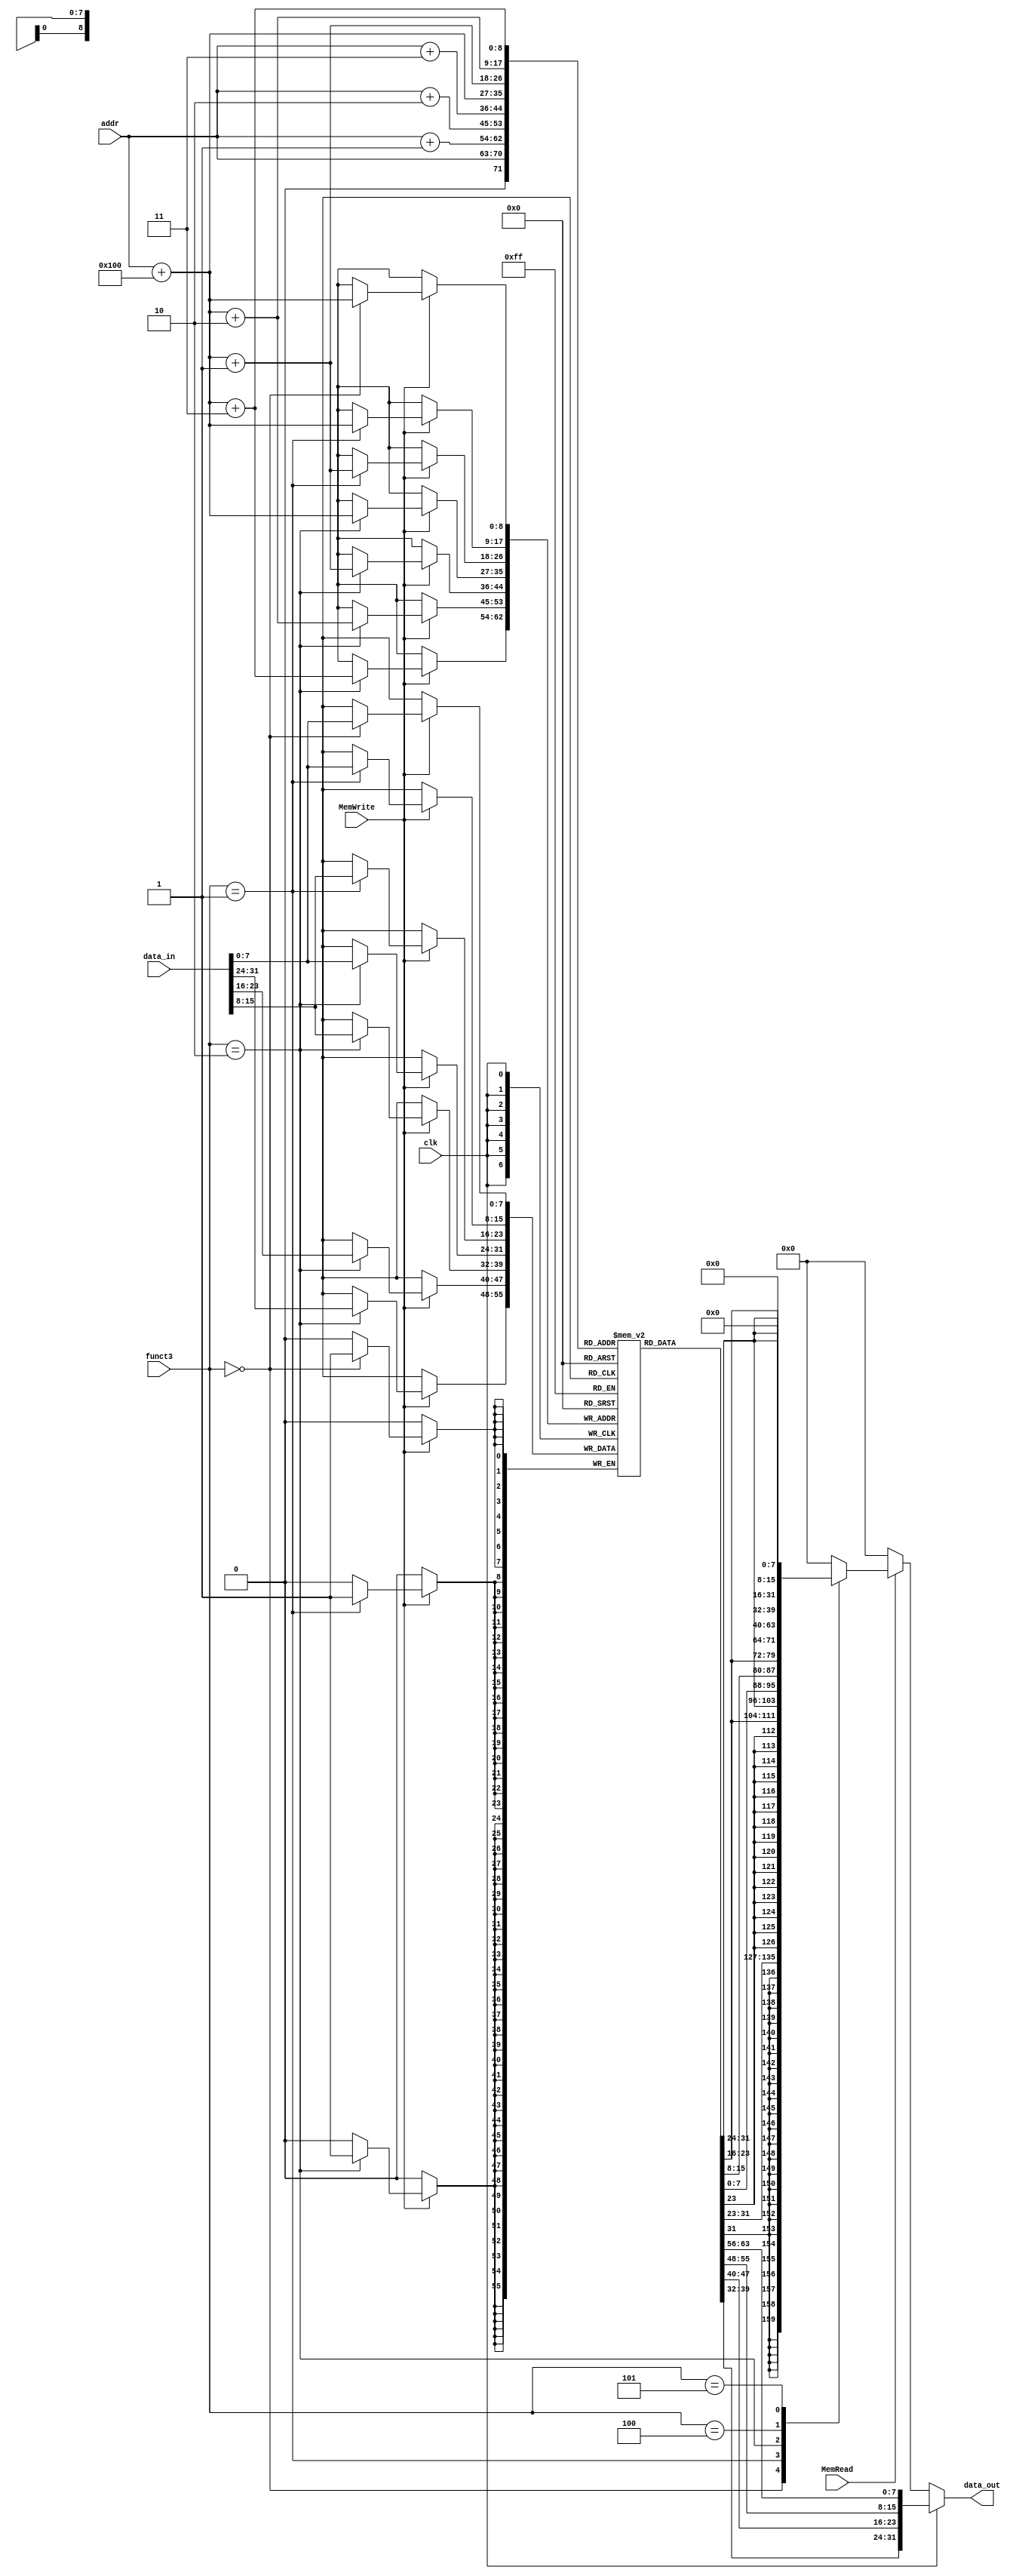
module memory(input clk, MemRead, MemWrite, input [2:0] funct3, input [7:0] addr, input [31:0] data_in, output reg [31:0]data_out);

    reg [7:0] mem [0:511];
    wire [9:0] offset;
    wire [9:0] addr_plus_offset;
    
    
    assign addr_plus_offset = addr + offset;
    assign offset = 9'd256;
    
    always @ (*)
    begin
     if (clk)  
        data_out <= {mem[addr+3], mem[addr+2], mem[addr+1], mem[addr]};
     else if(MemRead) begin
                case(funct3)
                3'b000:  data_out <=  {{24{mem[addr_plus_offset][7]}},mem[addr_plus_offset]}; //LB
                3'b001:  data_out <=  {{16{mem[addr_plus_offset+1][7]}},mem[addr_plus_offset+1],mem[addr_plus_offset]};  //LH
                3'b010:  data_out <=  {mem[addr_plus_offset+3],mem[addr_plus_offset+2],mem[addr_plus_offset+1],mem[addr_plus_offset]};   //lw
                3'b100:  data_out <= {{24{1'b0}},mem[addr_plus_offset]};  //LBU
                3'b101:  data_out <= {{16{1'b0}},mem[addr_plus_offset+1],mem[addr_plus_offset]};  //LHU
                default: data_out <= 0;
            endcase
        end
        else data_out = 32'b0;
end
    always@(posedge clk) begin
        if(MemWrite) begin
            case(funct3)
            3'b000: mem[addr_plus_offset] = data_in[7:0]; //sb
            3'b001: {mem[addr_plus_offset+1],mem[addr_plus_offset]} = data_in[15:0];//sh
            3'b010: {mem[addr_plus_offset+3],mem[addr_plus_offset+2],mem[addr_plus_offset+1],mem[addr_plus_offset]} = data_in;//sw
            endcase
        end
    end
                
/*
always@(*) begin

    if (clk==0)
        //read data
        if(memRead) begin
            case(funct3)
            3'b000:  data_out =  {{24{mem[addr_offset][7]}},mem[addr_offset]}; //LB
            3'b001:  data_out =  {{16{mem[addr_offset+1][7]}},mem[addr_offset+1],mem[addr_offset]};  //LH
            3'b010:  data_out =  {mem[addr_offset+3],mem[addr_offset+2],mem[addr_offset+1],mem[addr_offset]};   //lw
            3'b100:  data_out = {{24{1'b0}},mem[addr_offset]};  //LBU
            3'b101:  data_out = {{16{1'b0}},mem[addr_offset+1],mem[addr_offset]};  //LHU
            endcase
        end
       
        else data_out = 0;
    else
        data_out <= {mem[addr+3], mem[addr+2], mem[addr+1], mem[addr]};
end
*/

initial begin
    {mem[3],mem[2],mem[1],mem[0]}            =   32'b0000000_00000_00000_000_00000_0110011 ; //add x0, x0, x0    
    {mem[7],mem[6],mem[5],mem[4]}            =   32'b000000000000_00000_010_00001_0000011 ; //lw x1, 0(x0)                                                                                                                          
    {mem[11],mem[10],mem[9],mem[8]}          =   32'b000000000100_00000_010_00010_0000011 ; //lw x2, 4(x0)        
    {mem[15],mem[14],mem[13],mem[12]}        =   32'b000000001000_00000_010_00011_0000011 ; //lw x3, 8(x0)        
    {mem[19],mem[18],mem[17],mem[16]}        =   32'b0000000_00010_00001_110_00100_0110011 ; //or x4, x1, x2      
    {mem[23],mem[22],mem[21],mem[20]}        =   32'b0_000000_00011_00100_000_0100_0_1100011; //beq x4, x3, 4        
    {mem[27],mem[26],mem[25],mem[24]}        =   32'b0000000_00010_00001_000_00011_0110011 ; //add x3, x1, x2    
    {mem[31],mem[30],mem[29],mem[28]}        =   32'b0000000_00010_00011_000_00101_0110011 ; //add x5, x3, x2    
    {mem[35],mem[34],mem[33],mem[32]}        =   32'b0000000_00101_00000_010_01100_0100011; //sw x5, 12(x0)      
    {mem[39],mem[38],mem[37],mem[36]}        =   32'b000000001100_00000_010_00110_0000011 ; //lw x6, 12(x0)      
    {mem[43],mem[42],mem[41],mem[40]}        =   32'b0000000_00000_00000_000_00000_0110011 ; //add x0, x0, x0    
    {mem[47],mem[46],mem[45],mem[44]}        =   32'b0000000_00001_00110_111_00111_0110011 ; //and x7, x6, x1    
    {mem[51],mem[50],mem[49],mem[48]}        =   32'b0100000_00010_00001_000_01000_0110011 ; //sub x8, x1, x2    
    {mem[55],mem[54],mem[53],mem[52]}        =   32'b0000000_00010_00001_000_00000_0110011 ; //add x0, x1, x2    
    {mem[59],mem[58],mem[57],mem[56]}        =   32'h00718113 ; //add x9, x0, x1
    {mem[63],mem[62],mem[61],mem[60]}        =   32'h0040006F; //jal x0, 4
    {mem[64],mem[63],mem[62],mem[61]}        =   32'h0011e113 ;//ori x2, x3, 1 
    {mem[68],mem[67],mem[66],mem[65]}        =   32'h00100073 ; //ebreak
//    {mem[67],mem[66],mem[65],mem[64]}        =            
//    {mem[71],mem[70],mem[69],mem[68]}        =      
//    {mem[75],mem[74],mem[73],mem[72]}        =      
//    {mem[79],mem[78],mem[77],mem[76]}        =      
//    {mem[83],mem[82],mem[81],mem[80]}        =      
//    {mem[87],mem[86],mem[85],mem[84]}        =      
//    {mem[91],mem[90],mem[89],mem[88]}        =      
//    {mem[95],mem[94],mem[93],mem[92]}        =      
//    {mem[99],mem[98],mem[97],mem[96]}        =      
//    {mem[103],mem[102],mem[101],mem[100]}    =      
//    {mem[107],mem[106],mem[105],mem[104]}    =      
//    {mem[111],mem[110],mem[109],mem[108]}    =      
//    {mem[115],mem[114],mem[113],mem[112]}    =      
//    {mem[119],mem[118],mem[117],mem[116]}    =      
//    {mem[123],mem[122],mem[121],mem[120]}    =      
//    {mem[127],mem[126],mem[125],mem[124]}    =      
//    {mem[131],mem[130],mem[129],mem[128]}    =      
//    {mem[135],mem[134],mem[133],mem[132]}    =      
//    {mem[139],mem[138],mem[137],mem[136]}    =      
//    {mem[143],mem[142],mem[141],mem[140]}    =      
//    {mem[147],mem[146],mem[145],mem[144]}    =      
//    {mem[151],mem[150],mem[149],mem[148]}    =      
//    {mem[155],mem[154],mem[153],mem[152]}    =      
//    {mem[159],mem[158],mem[157],mem[156]}    =      
//    {mem[163],mem[162],mem[161],mem[160]}    =      
//    {mem[167],mem[166],mem[165],mem[164]}    =      
//    {mem[171],mem[170],mem[169],mem[168]}    =      
//    {mem[175],mem[174],mem[173],mem[172]}    =      
//    {mem[179],mem[178],mem[177],mem[176]}    =      
//    {mem[183],mem[182],mem[181],mem[180]}    =      
//    {mem[187],mem[186],mem[185],mem[184]}    =      
//    {mem[191],mem[190],mem[189],mem[188]}    =      
//    {mem[195],mem[194],mem[193],mem[192]}    =      
//    {mem[199],mem[198],mem[197],mem[196]}    =      
//    {mem[203],mem[202],mem[201],mem[200]}  


 end
initial begin
    {mem[259],mem[258],mem[257],mem[256]} = 32'd17;
    {mem[263],mem[262],mem[261],mem[260]} = 32'd9;
    {mem[267],mem[266],mem[265],mem[264]} = 32'd25;
 end

endmodule